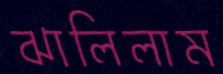
ঝালিলাম